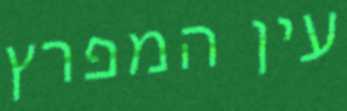
עין המפרץ